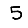
Digit: 5